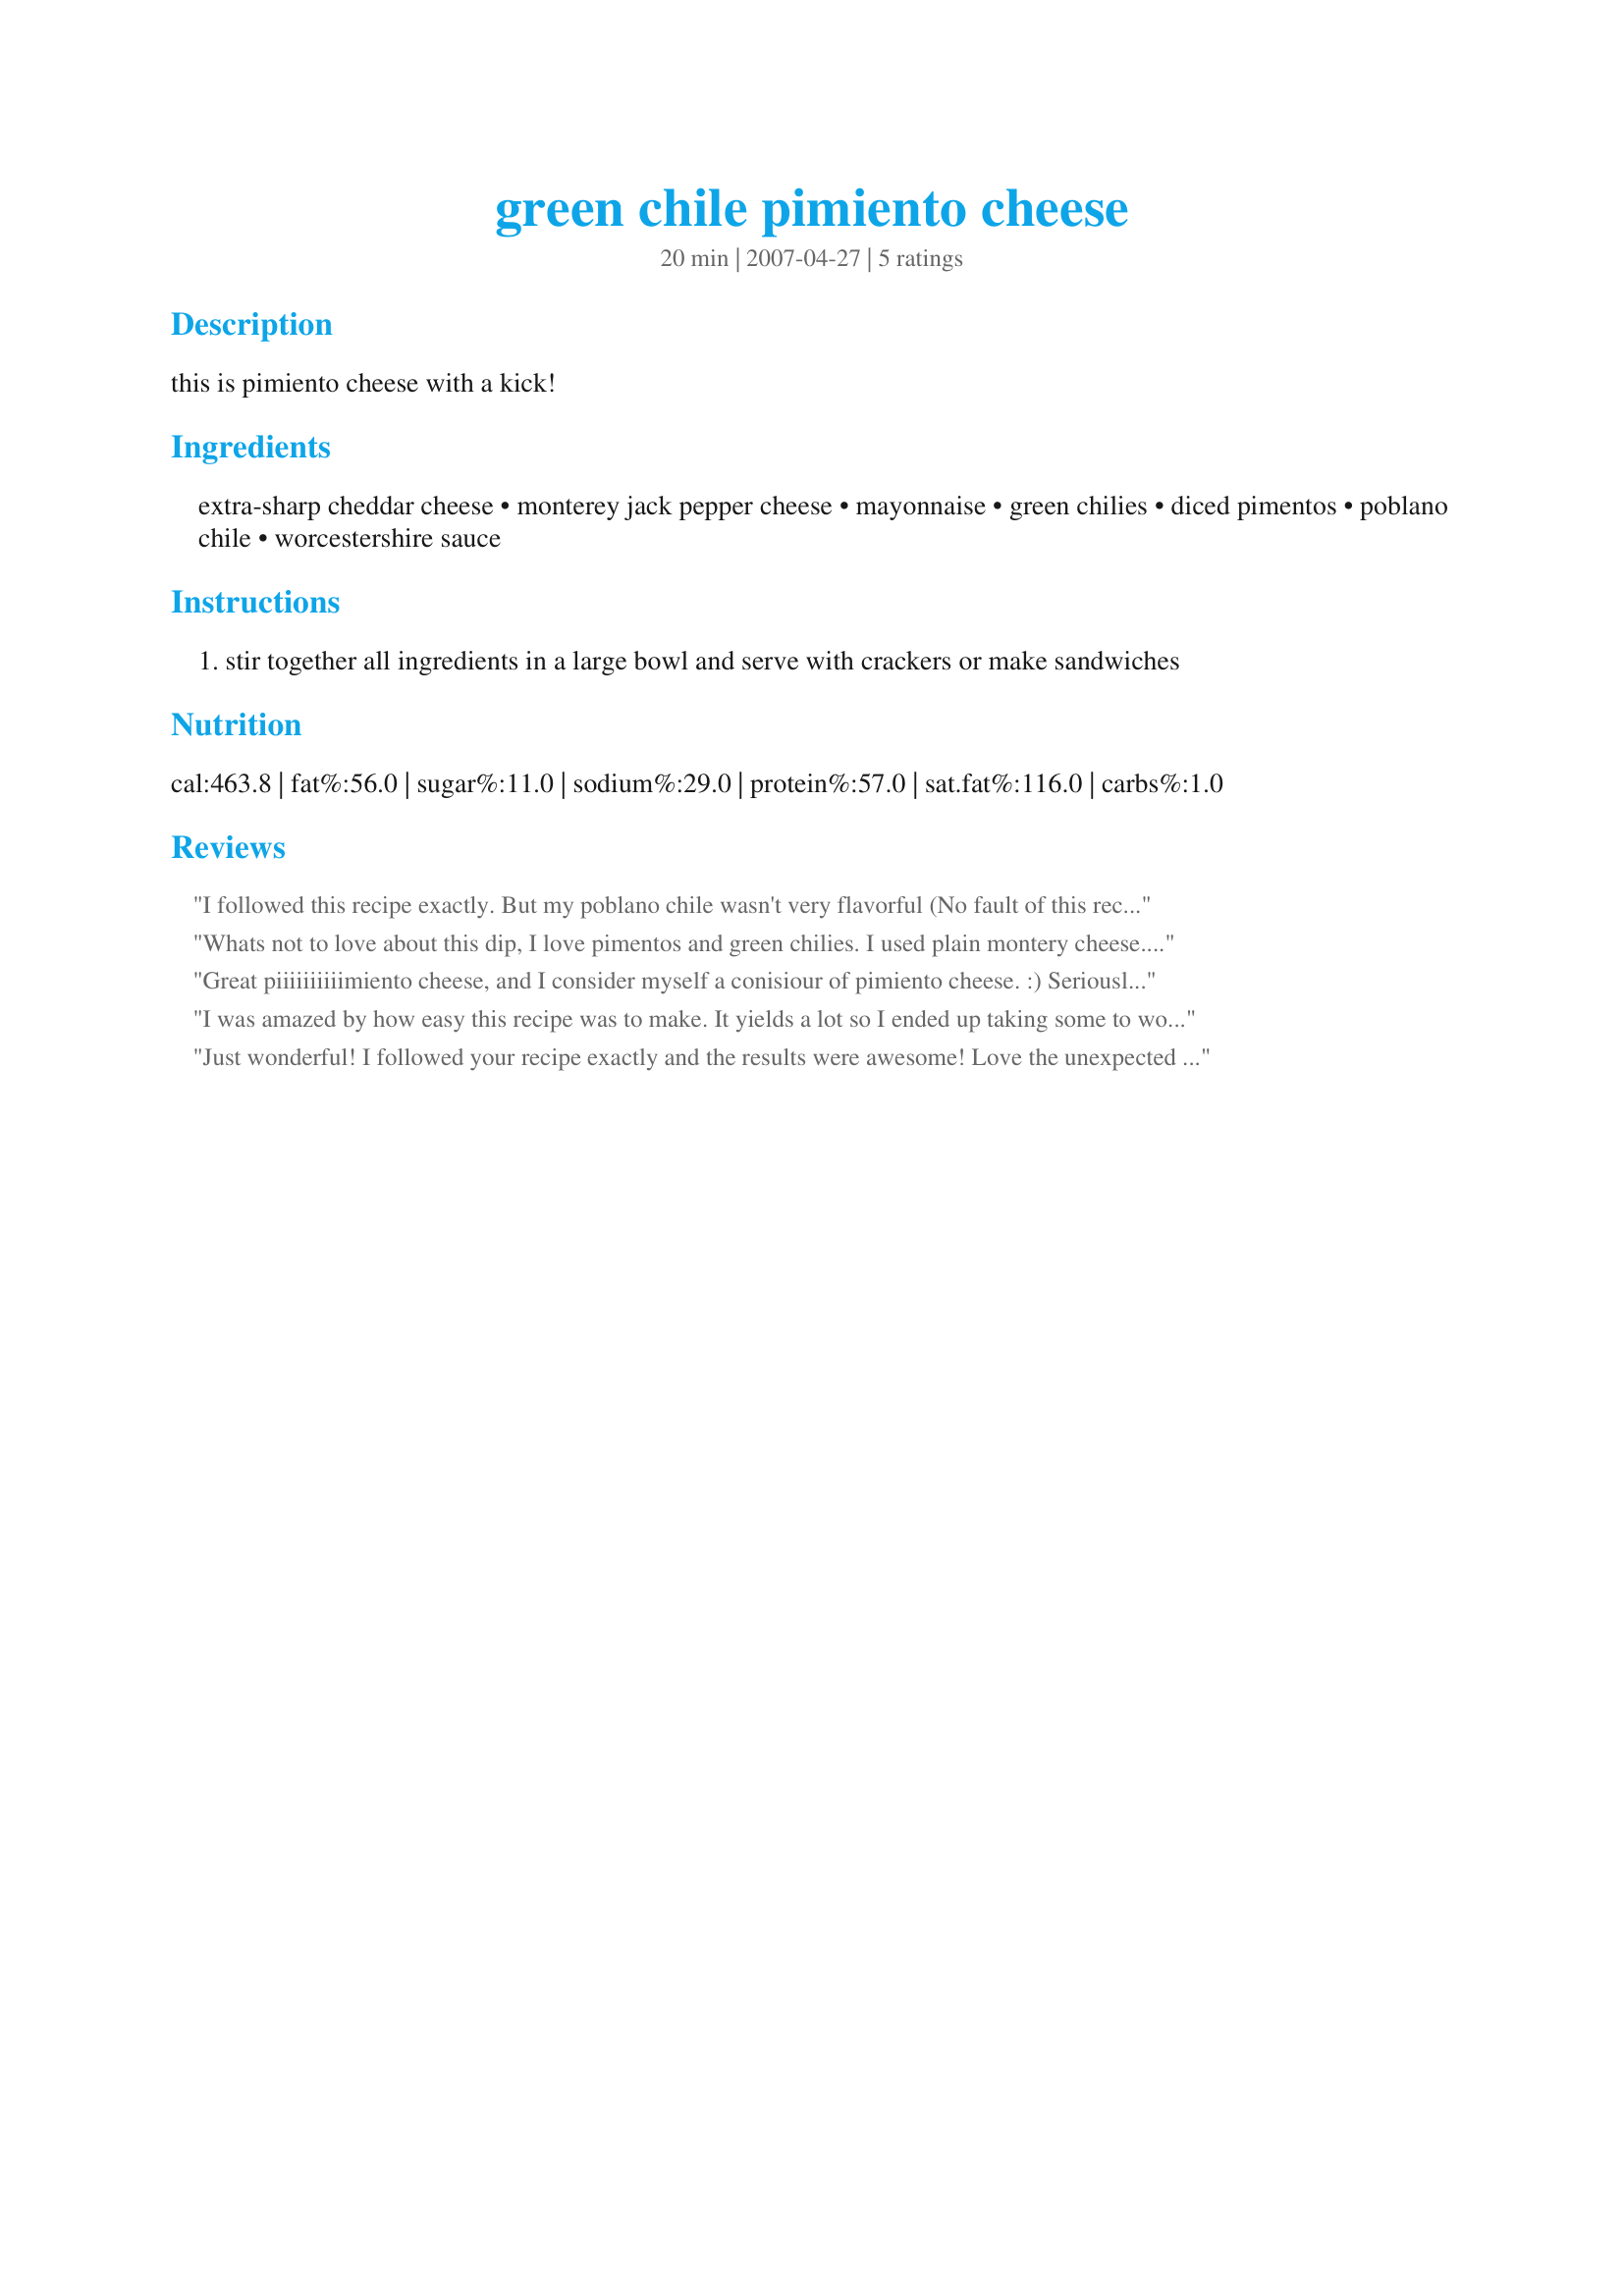
green chile pimiento cheese
Preparation time: 20 minutes

this is pimiento cheese with a kick!

Ingredients:
extra-sharp cheddar cheese, monterey jack pepper cheese, mayonnaise, green chilies, diced pimentos, poblano chile, worcestershire sauce

Steps:
stir together all ingredients in a large bowl and serve with crackers or make sandwiches

Reviews:
I followed this recipe exactly. But my poblano chile wasn't very flavorful (No fault of this recipe, just the chile!) so I also added some minced serrano chile I had. This was absolutely delicious. We used is for a spread on crackers, a dip for fritos/tostitos and on sandwiches. Thanks for sharing your delicious recipe Junessa!
Whats not to love about this dip, I love pimentos and green chilies. I used plain montery cheese. The worcestershire sauce adds so much flavor to the cheese. This could be made into a cheese ball as well. This recipe will be a regular on our "appie nights".
Great piiiiiiiiiimiento cheese, and I consider myself a conisiour of pimiento cheese. :) Seriously, it's very different from the norm with the chilies and pepper. I did not get a poblano pepper so I used just a wee little bit of chipolte pepper. I was careful not to use but a tiny bit since these pepper have such a smokey taste. I'm eating this on sandwiches now.
I was amazed by how easy this recipe was to make. It yields a lot so I ended up taking some to work. Everyone loved it! Delicious!
Just wonderful! I followed your recipe exactly and the results were awesome! Love the unexpected crunch of the poblano pieces. I was unsure of whether to drain the chilies or not - I didn't and that seemed to work. I will most surely be making this again! Thanks for posting this keeper.
